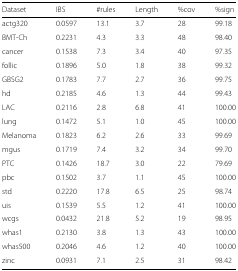
<table><thead><tr><td><b>Dataset</b></td><td><b>IBS</b></td><td><b>#rules</b></td><td><b>Length</b></td><td><b>%cov</b></td><td><b>%sign</b></td></tr></thead><tbody><tr><td>actg320</td><td>0.0597</td><td>13.1</td><td>3.7</td><td>28</td><td>99.18</td></tr><tr><td>BMT-Ch</td><td>0.2231</td><td>4.3</td><td>3.3</td><td>48</td><td>98.40</td></tr><tr><td>cancer</td><td>0.1538</td><td>7.3</td><td>3.4</td><td>40</td><td>97.35</td></tr><tr><td>follic</td><td>0.1896</td><td>5.0</td><td>1.8</td><td>38</td><td>99.32</td></tr><tr><td>GBSG2</td><td>0.1783</td><td>7.7</td><td>2.7</td><td>36</td><td>99.75</td></tr><tr><td>hd</td><td>0.2185</td><td>4.6</td><td>1.3</td><td>44</td><td>99.43</td></tr><tr><td>LAC</td><td>0.2116</td><td>2.8</td><td>6.8</td><td>41</td><td>100.00</td></tr><tr><td>lung</td><td>0.1472</td><td>5.1</td><td>1.0</td><td>45</td><td>100.00</td></tr><tr><td>Melanoma</td><td>0.1823</td><td>6.2</td><td>2.6</td><td>33</td><td>99.69</td></tr><tr><td>mgus</td><td>0.1719</td><td>7.4</td><td>3.2</td><td>34</td><td>99.70</td></tr><tr><td>PTC</td><td>0.1426</td><td>18.7</td><td>3.0</td><td>22</td><td>79.69</td></tr><tr><td>pbc</td><td>0.1502</td><td>3.7</td><td>1.1</td><td>45</td><td>100.00</td></tr><tr><td>std</td><td>0.2220</td><td>17.8</td><td>6.5</td><td>25</td><td>98.74</td></tr><tr><td>uis</td><td>0.1539</td><td>5.5</td><td>1.2</td><td>41</td><td>100.00</td></tr><tr><td>wcgs</td><td>0.0432</td><td>21.8</td><td>5.2</td><td>19</td><td>98.95</td></tr><tr><td>whas1</td><td>0.2130</td><td>3.8</td><td>1.3</td><td>43</td><td>100.00</td></tr><tr><td>whas500</td><td>0.2046</td><td>4.6</td><td>1.2</td><td>40</td><td>100.00</td></tr><tr><td>zinc</td><td>0.0931</td><td>7.1</td><td>2.5</td><td>31</td><td>98.42</td></tr></tbody></table>